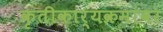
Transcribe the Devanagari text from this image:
कृतीकार्यक्रमांवर